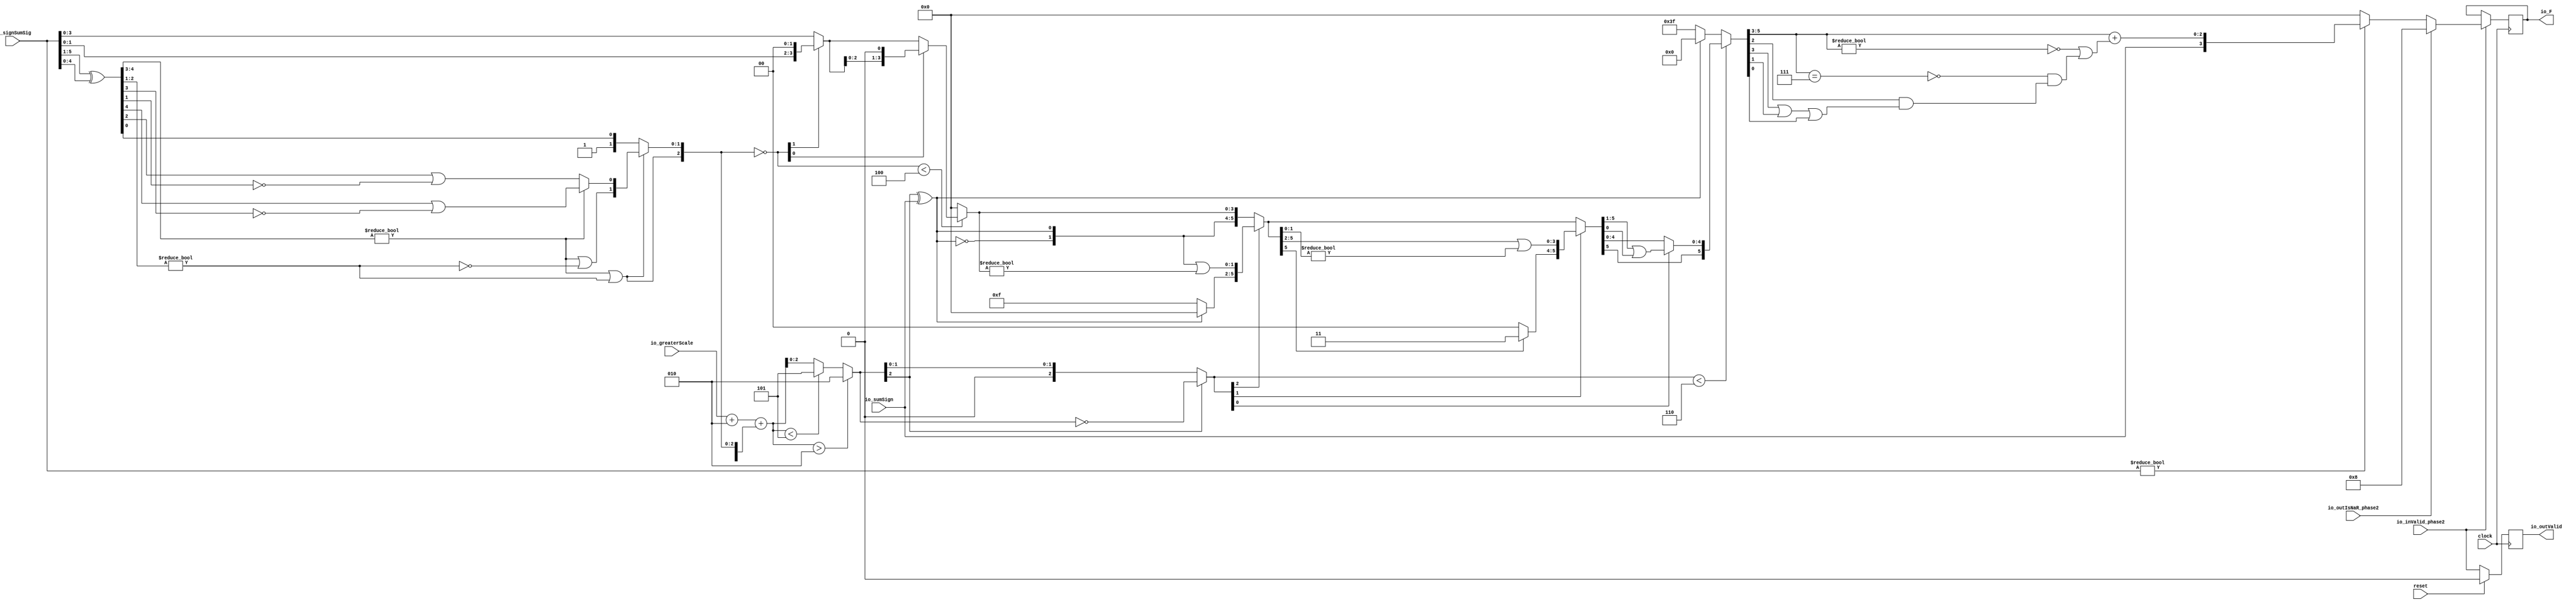
module FMAEnc4_0(
  input        clock,
  input        reset,
  input        io_inValid_phase2,
  input  [5:0] io_signSumSig,
  input        io_sumSign,
  input  [2:0] io_greaterScale,
  input        io_outIsNaR_phase2,
  output [3:0] io_F,
  output       io_outValid
);
  wire [4:0] _T; // @[FMAEnc.scala 35:36]
  wire [4:0] _T_1; // @[FMAEnc.scala 35:74]
  wire [4:0] sumXor; // @[FMAEnc.scala 35:54]
  wire [3:0] _T_2; // @[LZD.scala 43:32]
  wire [1:0] _T_3; // @[LZD.scala 43:32]
  wire  _T_4; // @[LZD.scala 39:14]
  wire  _T_5; // @[LZD.scala 39:21]
  wire  _T_6; // @[LZD.scala 39:30]
  wire  _T_7; // @[LZD.scala 39:27]
  wire  _T_8; // @[LZD.scala 39:25]
  wire [1:0] _T_9; // @[Cat.scala 29:58]
  wire [1:0] _T_10; // @[LZD.scala 44:32]
  wire  _T_11; // @[LZD.scala 39:14]
  wire  _T_12; // @[LZD.scala 39:21]
  wire  _T_13; // @[LZD.scala 39:30]
  wire  _T_14; // @[LZD.scala 39:27]
  wire  _T_15; // @[LZD.scala 39:25]
  wire [1:0] _T_16; // @[Cat.scala 29:58]
  wire  _T_17; // @[Shift.scala 12:21]
  wire  _T_18; // @[Shift.scala 12:21]
  wire  _T_19; // @[LZD.scala 49:16]
  wire  _T_20; // @[LZD.scala 49:27]
  wire  _T_21; // @[LZD.scala 49:25]
  wire  _T_22; // @[LZD.scala 49:47]
  wire  _T_23; // @[LZD.scala 49:59]
  wire  _T_24; // @[LZD.scala 49:35]
  wire [2:0] _T_26; // @[Cat.scala 29:58]
  wire  _T_27; // @[LZD.scala 44:32]
  wire  _T_29; // @[Shift.scala 12:21]
  wire [1:0] _T_31; // @[Cat.scala 29:58]
  wire [1:0] _T_32; // @[LZD.scala 55:32]
  wire [1:0] _T_33; // @[LZD.scala 55:20]
  wire [2:0] sumLZD; // @[Cat.scala 29:58]
  wire [2:0] shiftValue; // @[FMAEnc.scala 37:24]
  wire [3:0] _T_34; // @[FMAEnc.scala 38:41]
  wire  _T_35; // @[Shift.scala 16:24]
  wire [1:0] _T_36; // @[Shift.scala 17:37]
  wire  _T_37; // @[Shift.scala 12:21]
  wire [1:0] _T_38; // @[Shift.scala 64:52]
  wire [3:0] _T_40; // @[Cat.scala 29:58]
  wire [3:0] _T_41; // @[Shift.scala 64:27]
  wire  _T_42; // @[Shift.scala 66:70]
  wire [2:0] _T_44; // @[Shift.scala 64:52]
  wire [3:0] _T_45; // @[Cat.scala 29:58]
  wire [3:0] _T_46; // @[Shift.scala 64:27]
  wire [3:0] normalFracTmp; // @[Shift.scala 16:10]
  wire [2:0] _T_48; // @[FMAEnc.scala 41:39]
  wire [2:0] _T_49; // @[FMAEnc.scala 41:39]
  wire [3:0] _T_50; // @[Cat.scala 29:58]
  wire [3:0] _T_51; // @[FMAEnc.scala 41:64]
  wire [3:0] _GEN_2; // @[FMAEnc.scala 41:45]
  wire [3:0] _T_53; // @[FMAEnc.scala 41:45]
  wire [3:0] sumScale; // @[FMAEnc.scala 41:45]
  wire  sumFrac; // @[FMAEnc.scala 42:41]
  wire [2:0] grsTmp; // @[FMAEnc.scala 45:41]
  wire [1:0] _T_54; // @[FMAEnc.scala 48:40]
  wire  _T_55; // @[FMAEnc.scala 48:56]
  wire  underflow; // @[FMAEnc.scala 55:32]
  wire  overflow; // @[FMAEnc.scala 56:32]
  wire  _T_57; // @[FMAEnc.scala 65:35]
  wire  decF_isZero; // @[FMAEnc.scala 65:20]
  wire [3:0] _T_59; // @[Mux.scala 87:16]
  wire [3:0] _T_60; // @[Mux.scala 87:16]
  wire [2:0] _GEN_3; // @[FMAEnc.scala 62:18 FMAEnc.scala 68:17]
  wire [2:0] decF_scale; // @[FMAEnc.scala 62:18 FMAEnc.scala 68:17]
  wire  _T_62; // @[convert.scala 49:36]
  wire [2:0] _T_64; // @[convert.scala 50:36]
  wire [2:0] _T_65; // @[convert.scala 50:36]
  wire [2:0] _T_66; // @[convert.scala 50:28]
  wire  _T_67; // @[convert.scala 51:31]
  wire  _T_68; // @[convert.scala 53:34]
  wire [5:0] _T_71; // @[Cat.scala 29:58]
  wire [2:0] _T_72; // @[Shift.scala 39:17]
  wire  _T_73; // @[Shift.scala 39:24]
  wire [1:0] _T_75; // @[Shift.scala 90:30]
  wire [3:0] _T_76; // @[Shift.scala 90:48]
  wire  _T_77; // @[Shift.scala 90:57]
  wire [1:0] _GEN_4; // @[Shift.scala 90:39]
  wire [1:0] _T_78; // @[Shift.scala 90:39]
  wire  _T_79; // @[Shift.scala 12:21]
  wire  _T_80; // @[Shift.scala 12:21]
  wire [3:0] _T_82; // @[Bitwise.scala 71:12]
  wire [5:0] _T_83; // @[Cat.scala 29:58]
  wire [5:0] _T_84; // @[Shift.scala 91:22]
  wire [1:0] _T_85; // @[Shift.scala 92:77]
  wire [3:0] _T_86; // @[Shift.scala 90:30]
  wire [1:0] _T_87; // @[Shift.scala 90:48]
  wire  _T_88; // @[Shift.scala 90:57]
  wire [3:0] _GEN_5; // @[Shift.scala 90:39]
  wire [3:0] _T_89; // @[Shift.scala 90:39]
  wire  _T_90; // @[Shift.scala 12:21]
  wire  _T_91; // @[Shift.scala 12:21]
  wire [1:0] _T_93; // @[Bitwise.scala 71:12]
  wire [5:0] _T_94; // @[Cat.scala 29:58]
  wire [5:0] _T_95; // @[Shift.scala 91:22]
  wire  _T_96; // @[Shift.scala 92:77]
  wire [4:0] _T_97; // @[Shift.scala 90:30]
  wire  _T_98; // @[Shift.scala 90:48]
  wire [4:0] _GEN_6; // @[Shift.scala 90:39]
  wire [4:0] _T_100; // @[Shift.scala 90:39]
  wire  _T_102; // @[Shift.scala 12:21]
  wire [5:0] _T_103; // @[Cat.scala 29:58]
  wire [5:0] _T_104; // @[Shift.scala 91:22]
  wire [5:0] _T_107; // @[Bitwise.scala 71:12]
  wire [5:0] _T_108; // @[Shift.scala 39:10]
  wire  _T_109; // @[convert.scala 55:31]
  wire  _T_110; // @[convert.scala 56:31]
  wire  _T_111; // @[convert.scala 57:31]
  wire  _T_112; // @[convert.scala 58:31]
  wire [2:0] _T_113; // @[convert.scala 59:69]
  wire  _T_114; // @[convert.scala 59:81]
  wire  _T_115; // @[convert.scala 59:50]
  wire  _T_117; // @[convert.scala 60:81]
  wire  _T_118; // @[convert.scala 61:44]
  wire  _T_119; // @[convert.scala 61:52]
  wire  _T_120; // @[convert.scala 61:36]
  wire  _T_121; // @[convert.scala 62:63]
  wire  _T_122; // @[convert.scala 62:103]
  wire  _T_123; // @[convert.scala 62:60]
  wire [2:0] _GEN_7; // @[convert.scala 63:56]
  wire [2:0] _T_126; // @[convert.scala 63:56]
  wire [3:0] _T_127; // @[Cat.scala 29:58]
  reg  _T_131; // @[Valid.scala 117:22]
  reg [31:0] _RAND_0;
  reg [3:0] _T_135; // @[Reg.scala 15:16]
  reg [31:0] _RAND_1;
  assign _T = io_signSumSig[5:1]; // @[FMAEnc.scala 35:36]
  assign _T_1 = io_signSumSig[4:0]; // @[FMAEnc.scala 35:74]
  assign sumXor = _T ^ _T_1; // @[FMAEnc.scala 35:54]
  assign _T_2 = sumXor[4:1]; // @[LZD.scala 43:32]
  assign _T_3 = _T_2[3:2]; // @[LZD.scala 43:32]
  assign _T_4 = _T_3 != 2'h0; // @[LZD.scala 39:14]
  assign _T_5 = _T_3[1]; // @[LZD.scala 39:21]
  assign _T_6 = _T_3[0]; // @[LZD.scala 39:30]
  assign _T_7 = ~ _T_6; // @[LZD.scala 39:27]
  assign _T_8 = _T_5 | _T_7; // @[LZD.scala 39:25]
  assign _T_9 = {_T_4,_T_8}; // @[Cat.scala 29:58]
  assign _T_10 = _T_2[1:0]; // @[LZD.scala 44:32]
  assign _T_11 = _T_10 != 2'h0; // @[LZD.scala 39:14]
  assign _T_12 = _T_10[1]; // @[LZD.scala 39:21]
  assign _T_13 = _T_10[0]; // @[LZD.scala 39:30]
  assign _T_14 = ~ _T_13; // @[LZD.scala 39:27]
  assign _T_15 = _T_12 | _T_14; // @[LZD.scala 39:25]
  assign _T_16 = {_T_11,_T_15}; // @[Cat.scala 29:58]
  assign _T_17 = _T_9[1]; // @[Shift.scala 12:21]
  assign _T_18 = _T_16[1]; // @[Shift.scala 12:21]
  assign _T_19 = _T_17 | _T_18; // @[LZD.scala 49:16]
  assign _T_20 = ~ _T_18; // @[LZD.scala 49:27]
  assign _T_21 = _T_17 | _T_20; // @[LZD.scala 49:25]
  assign _T_22 = _T_9[0:0]; // @[LZD.scala 49:47]
  assign _T_23 = _T_16[0:0]; // @[LZD.scala 49:59]
  assign _T_24 = _T_17 ? _T_22 : _T_23; // @[LZD.scala 49:35]
  assign _T_26 = {_T_19,_T_21,_T_24}; // @[Cat.scala 29:58]
  assign _T_27 = sumXor[0:0]; // @[LZD.scala 44:32]
  assign _T_29 = _T_26[2]; // @[Shift.scala 12:21]
  assign _T_31 = {1'h1,_T_27}; // @[Cat.scala 29:58]
  assign _T_32 = _T_26[1:0]; // @[LZD.scala 55:32]
  assign _T_33 = _T_29 ? _T_32 : _T_31; // @[LZD.scala 55:20]
  assign sumLZD = {_T_29,_T_33}; // @[Cat.scala 29:58]
  assign shiftValue = ~ sumLZD; // @[FMAEnc.scala 37:24]
  assign _T_34 = io_signSumSig[3:0]; // @[FMAEnc.scala 38:41]
  assign _T_35 = shiftValue < 3'h4; // @[Shift.scala 16:24]
  assign _T_36 = shiftValue[1:0]; // @[Shift.scala 17:37]
  assign _T_37 = _T_36[1]; // @[Shift.scala 12:21]
  assign _T_38 = _T_34[1:0]; // @[Shift.scala 64:52]
  assign _T_40 = {_T_38,2'h0}; // @[Cat.scala 29:58]
  assign _T_41 = _T_37 ? _T_40 : _T_34; // @[Shift.scala 64:27]
  assign _T_42 = _T_36[0:0]; // @[Shift.scala 66:70]
  assign _T_44 = _T_41[2:0]; // @[Shift.scala 64:52]
  assign _T_45 = {_T_44,1'h0}; // @[Cat.scala 29:58]
  assign _T_46 = _T_42 ? _T_45 : _T_41; // @[Shift.scala 64:27]
  assign normalFracTmp = _T_35 ? _T_46 : 4'h0; // @[Shift.scala 16:10]
  assign _T_48 = $signed(io_greaterScale) + $signed(3'sh2); // @[FMAEnc.scala 41:39]
  assign _T_49 = $signed(_T_48); // @[FMAEnc.scala 41:39]
  assign _T_50 = {1'h1,_T_29,_T_33}; // @[Cat.scala 29:58]
  assign _T_51 = $signed(_T_50); // @[FMAEnc.scala 41:64]
  assign _GEN_2 = {{1{_T_49[2]}},_T_49}; // @[FMAEnc.scala 41:45]
  assign _T_53 = $signed(_GEN_2) + $signed(_T_51); // @[FMAEnc.scala 41:45]
  assign sumScale = $signed(_T_53); // @[FMAEnc.scala 41:45]
  assign sumFrac = normalFracTmp[3:3]; // @[FMAEnc.scala 42:41]
  assign grsTmp = normalFracTmp[2:0]; // @[FMAEnc.scala 45:41]
  assign _T_54 = grsTmp[2:1]; // @[FMAEnc.scala 48:40]
  assign _T_55 = grsTmp[0:0]; // @[FMAEnc.scala 48:56]
  assign underflow = $signed(sumScale) < $signed(-4'sh3); // @[FMAEnc.scala 55:32]
  assign overflow = $signed(sumScale) > $signed(4'sh2); // @[FMAEnc.scala 56:32]
  assign _T_57 = io_signSumSig != 6'h0; // @[FMAEnc.scala 65:35]
  assign decF_isZero = ~ _T_57; // @[FMAEnc.scala 65:20]
  assign _T_59 = underflow ? $signed(-4'sh3) : $signed(sumScale); // @[Mux.scala 87:16]
  assign _T_60 = overflow ? $signed(4'sh2) : $signed(_T_59); // @[Mux.scala 87:16]
  assign _GEN_3 = _T_60[2:0]; // @[FMAEnc.scala 62:18 FMAEnc.scala 68:17]
  assign decF_scale = $signed(_GEN_3); // @[FMAEnc.scala 62:18 FMAEnc.scala 68:17]
  assign _T_62 = decF_scale[2:2]; // @[convert.scala 49:36]
  assign _T_64 = ~ decF_scale; // @[convert.scala 50:36]
  assign _T_65 = $signed(_T_64); // @[convert.scala 50:36]
  assign _T_66 = _T_62 ? $signed(_T_65) : $signed(decF_scale); // @[convert.scala 50:28]
  assign _T_67 = _T_62 ^ io_sumSign; // @[convert.scala 51:31]
  assign _T_68 = ~ _T_67; // @[convert.scala 53:34]
  assign _T_71 = {_T_68,_T_67,sumFrac,_T_54,_T_55}; // @[Cat.scala 29:58]
  assign _T_72 = $unsigned(_T_66); // @[Shift.scala 39:17]
  assign _T_73 = _T_72 < 3'h6; // @[Shift.scala 39:24]
  assign _T_75 = _T_71[5:4]; // @[Shift.scala 90:30]
  assign _T_76 = _T_71[3:0]; // @[Shift.scala 90:48]
  assign _T_77 = _T_76 != 4'h0; // @[Shift.scala 90:57]
  assign _GEN_4 = {{1'd0}, _T_77}; // @[Shift.scala 90:39]
  assign _T_78 = _T_75 | _GEN_4; // @[Shift.scala 90:39]
  assign _T_79 = _T_72[2]; // @[Shift.scala 12:21]
  assign _T_80 = _T_71[5]; // @[Shift.scala 12:21]
  assign _T_82 = _T_80 ? 4'hf : 4'h0; // @[Bitwise.scala 71:12]
  assign _T_83 = {_T_82,_T_78}; // @[Cat.scala 29:58]
  assign _T_84 = _T_79 ? _T_83 : _T_71; // @[Shift.scala 91:22]
  assign _T_85 = _T_72[1:0]; // @[Shift.scala 92:77]
  assign _T_86 = _T_84[5:2]; // @[Shift.scala 90:30]
  assign _T_87 = _T_84[1:0]; // @[Shift.scala 90:48]
  assign _T_88 = _T_87 != 2'h0; // @[Shift.scala 90:57]
  assign _GEN_5 = {{3'd0}, _T_88}; // @[Shift.scala 90:39]
  assign _T_89 = _T_86 | _GEN_5; // @[Shift.scala 90:39]
  assign _T_90 = _T_85[1]; // @[Shift.scala 12:21]
  assign _T_91 = _T_84[5]; // @[Shift.scala 12:21]
  assign _T_93 = _T_91 ? 2'h3 : 2'h0; // @[Bitwise.scala 71:12]
  assign _T_94 = {_T_93,_T_89}; // @[Cat.scala 29:58]
  assign _T_95 = _T_90 ? _T_94 : _T_84; // @[Shift.scala 91:22]
  assign _T_96 = _T_85[0:0]; // @[Shift.scala 92:77]
  assign _T_97 = _T_95[5:1]; // @[Shift.scala 90:30]
  assign _T_98 = _T_95[0:0]; // @[Shift.scala 90:48]
  assign _GEN_6 = {{4'd0}, _T_98}; // @[Shift.scala 90:39]
  assign _T_100 = _T_97 | _GEN_6; // @[Shift.scala 90:39]
  assign _T_102 = _T_95[5]; // @[Shift.scala 12:21]
  assign _T_103 = {_T_102,_T_100}; // @[Cat.scala 29:58]
  assign _T_104 = _T_96 ? _T_103 : _T_95; // @[Shift.scala 91:22]
  assign _T_107 = _T_80 ? 6'h3f : 6'h0; // @[Bitwise.scala 71:12]
  assign _T_108 = _T_73 ? _T_104 : _T_107; // @[Shift.scala 39:10]
  assign _T_109 = _T_108[3]; // @[convert.scala 55:31]
  assign _T_110 = _T_108[2]; // @[convert.scala 56:31]
  assign _T_111 = _T_108[1]; // @[convert.scala 57:31]
  assign _T_112 = _T_108[0]; // @[convert.scala 58:31]
  assign _T_113 = _T_108[5:3]; // @[convert.scala 59:69]
  assign _T_114 = _T_113 != 3'h0; // @[convert.scala 59:81]
  assign _T_115 = ~ _T_114; // @[convert.scala 59:50]
  assign _T_117 = _T_113 == 3'h7; // @[convert.scala 60:81]
  assign _T_118 = _T_109 | _T_111; // @[convert.scala 61:44]
  assign _T_119 = _T_118 | _T_112; // @[convert.scala 61:52]
  assign _T_120 = _T_110 & _T_119; // @[convert.scala 61:36]
  assign _T_121 = ~ _T_117; // @[convert.scala 62:63]
  assign _T_122 = _T_121 & _T_120; // @[convert.scala 62:103]
  assign _T_123 = _T_115 | _T_122; // @[convert.scala 62:60]
  assign _GEN_7 = {{2'd0}, _T_123}; // @[convert.scala 63:56]
  assign _T_126 = _T_113 + _GEN_7; // @[convert.scala 63:56]
  assign _T_127 = {io_sumSign,_T_126}; // @[Cat.scala 29:58]
  assign io_F = _T_135; // @[FMAEnc.scala 85:15]
  assign io_outValid = _T_131; // @[FMAEnc.scala 84:15]
`ifdef RANDOMIZE_GARBAGE_ASSIGN
`define RANDOMIZE
`endif
`ifdef RANDOMIZE_INVALID_ASSIGN
`define RANDOMIZE
`endif
`ifdef RANDOMIZE_REG_INIT
`define RANDOMIZE
`endif
`ifdef RANDOMIZE_MEM_INIT
`define RANDOMIZE
`endif
`ifndef RANDOM
`define RANDOM $random
`endif
`ifdef RANDOMIZE_MEM_INIT
  integer initvar;
`endif
initial begin
  `ifdef RANDOMIZE
    `ifdef INIT_RANDOM
      `INIT_RANDOM
    `endif
    `ifndef VERILATOR
      `ifdef RANDOMIZE_DELAY
        #`RANDOMIZE_DELAY begin end
      `else
        #0.002 begin end
      `endif
    `endif
  `ifdef RANDOMIZE_REG_INIT
  _RAND_0 = {1{`RANDOM}};
  _T_131 = _RAND_0[0:0];
  `endif // RANDOMIZE_REG_INIT
  `ifdef RANDOMIZE_REG_INIT
  _RAND_1 = {1{`RANDOM}};
  _T_135 = _RAND_1[3:0];
  `endif // RANDOMIZE_REG_INIT
  `endif // RANDOMIZE
end
  always @(posedge clock) begin
    if (reset) begin
      _T_131 <= 1'h0;
    end else begin
      _T_131 <= io_inValid_phase2;
    end
    if (io_inValid_phase2) begin
      if (io_outIsNaR_phase2) begin
        _T_135 <= 4'h8;
      end else begin
        if (decF_isZero) begin
          _T_135 <= 4'h0;
        end else begin
          _T_135 <= _T_127;
        end
      end
    end
  end
endmodule